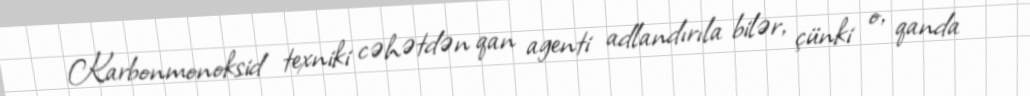
Karbonmonoksid texniki cəhətdən qan agenti adlandırıla bilər, çünki o, qanda